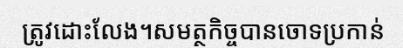
ត្រូវដោះលែង។សមត្ថកិច្ចបានចោទប្រកាន់